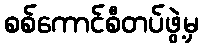
စစ်ကောင်စီတပ်ဖွဲ့မှ